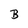
Character: B